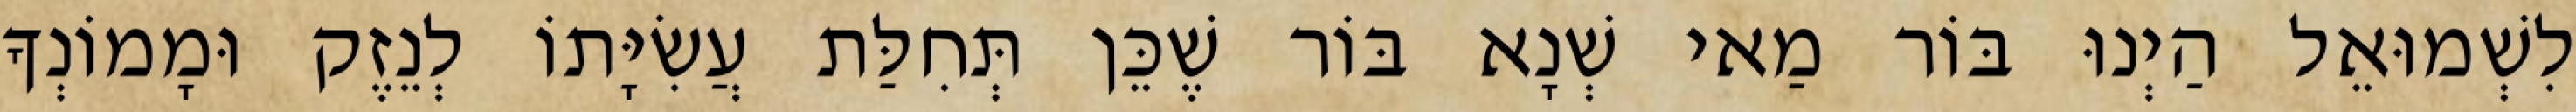
לִשְׁמוּאֵל הַיְנוּ בּוֹר מַאי שְׁנָא בּוֹר שֶׁכֵּן תְּחִלַּת עֲשִׂיָּתוֹ לְנֵזֶק וּמָמוֹנְךָ